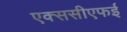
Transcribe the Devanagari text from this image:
एक्ससीएफई